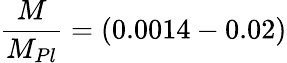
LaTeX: \frac{M}{M_{Pl}}=(0.0014-0.02)